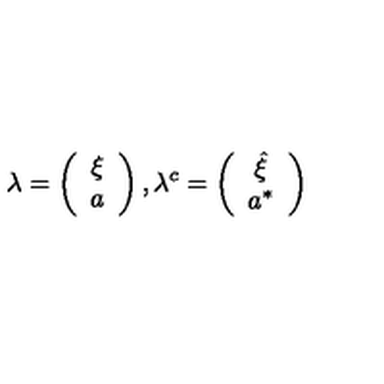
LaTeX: \lambda = \left( \begin{array} { c } { \xi } \\ { a } \\ \end{array} \right) , \lambda ^ { c } = \left( \begin{array} { c } { \hat { \xi } } \\ { a ^ { * } } \\ \end{array} \right)